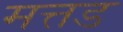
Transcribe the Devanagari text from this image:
मत्तड